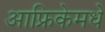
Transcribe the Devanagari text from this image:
आफ्रिकेमधे